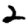
Digit: 2